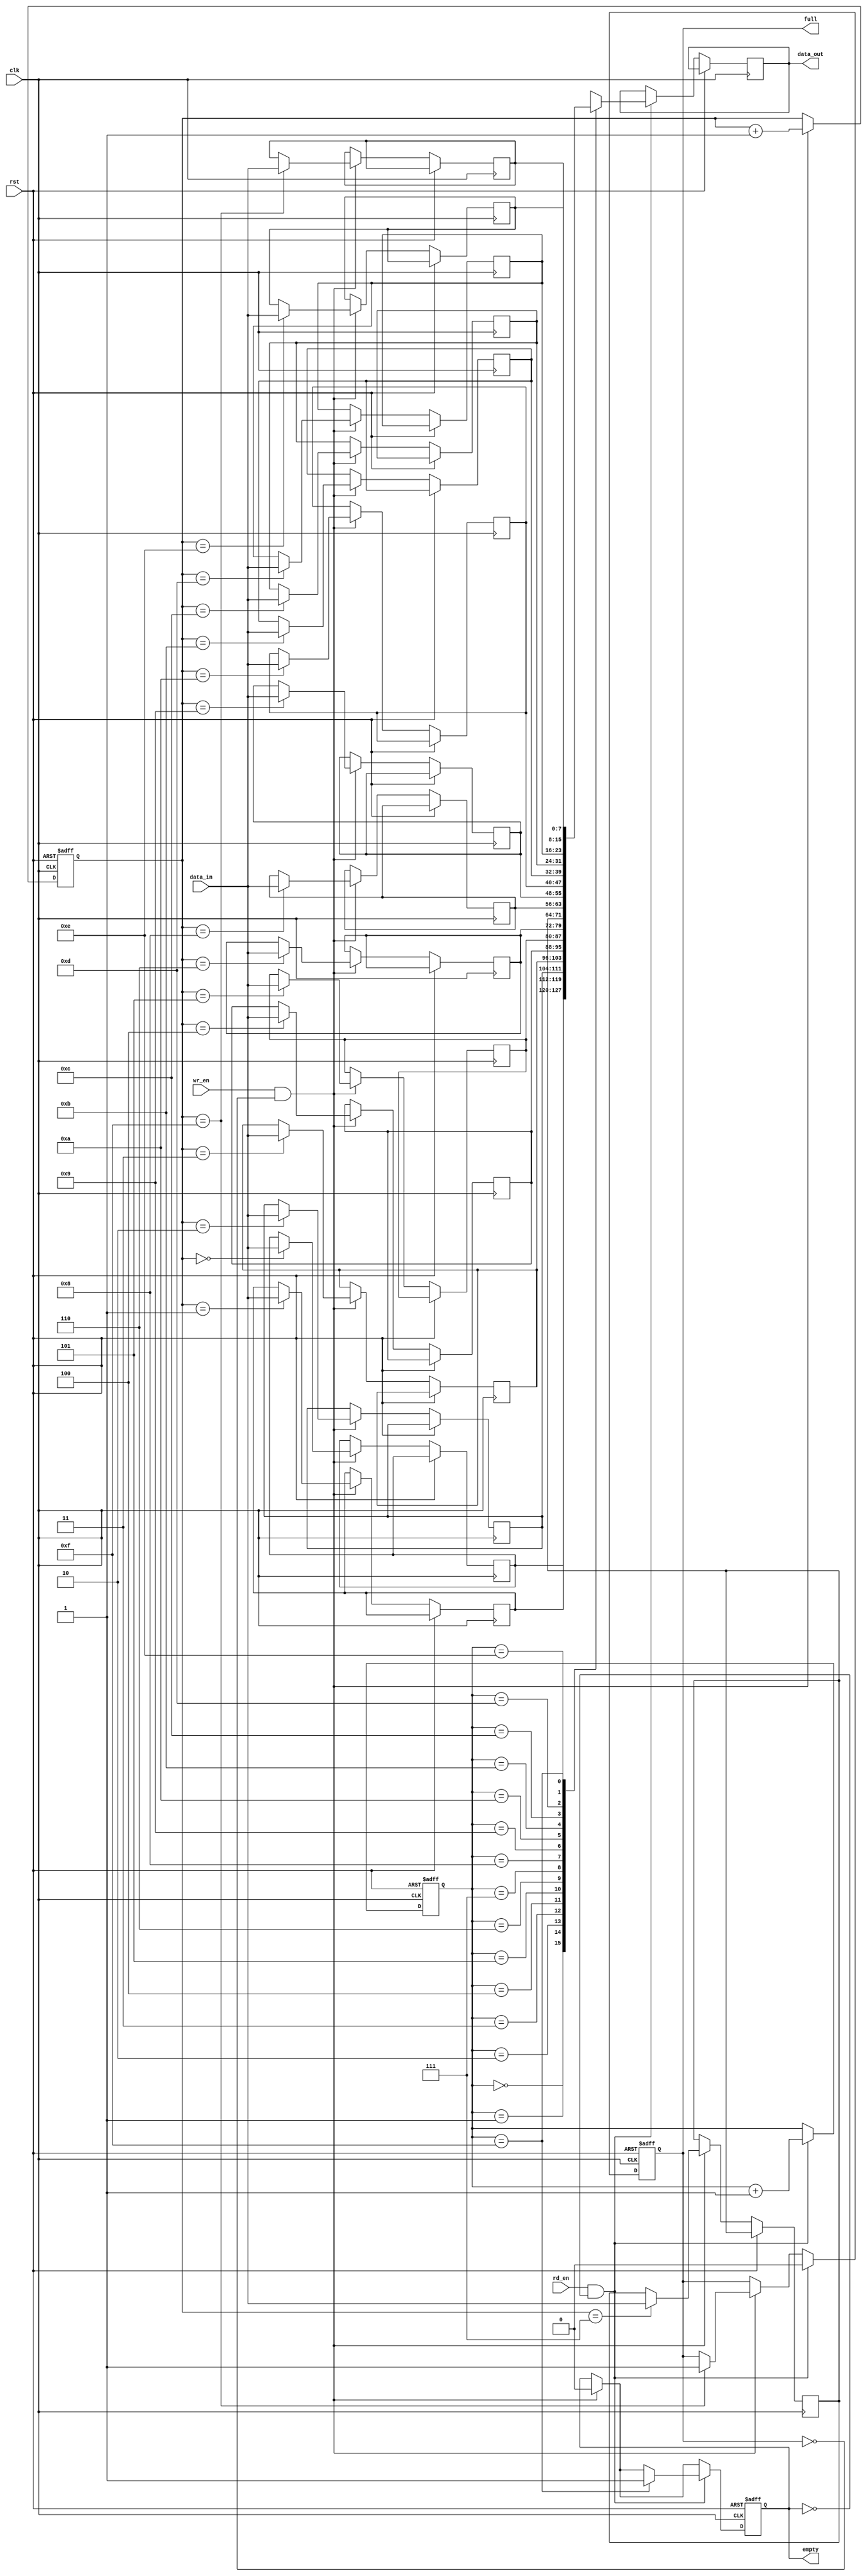
module async_fifo(
  input wire clk,
  input wire rst,
  input wire wr_en,
  input wire rd_en,
  input wire [7:0] data_in,
  output reg [7:0] data_out,
  output reg empty,
  output reg full
);

reg [7:0] fifo[0:15];
reg [3:0] wr_ptr;
reg [3:0] rd_ptr;

always @ (posedge clk or posedge rst) begin
  if (rst) begin
    wr_ptr <= 4'd0;
    rd_ptr <= 4'd0;
    empty <= 1'b1;
    full <= 1'b0;
  end else begin
    if (wr_en && !full) begin
      fifo[wr_ptr] <= data_in;
      wr_ptr <= wr_ptr + 1;
      if (wr_ptr == 4'd15) begin
        full <= 1'b1;
      end
      empty <= 1'b0;
    end
    
    if (rd_en && !empty) begin
      data_out <= fifo[rd_ptr];
      rd_ptr <= rd_ptr + 1;
      if (rd_ptr == 4'd15) begin
        empty <= 1'b1;
      end
      full <= 1'b0;
    end
  end
end

endmodule